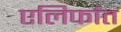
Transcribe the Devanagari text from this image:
एलिफांत